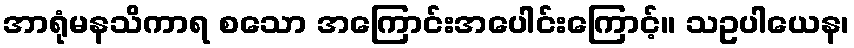
အာရုံမနသိကာရ စသော အကြောင်းအပေါင်းကြောင့်။ သဥပါယေန၊